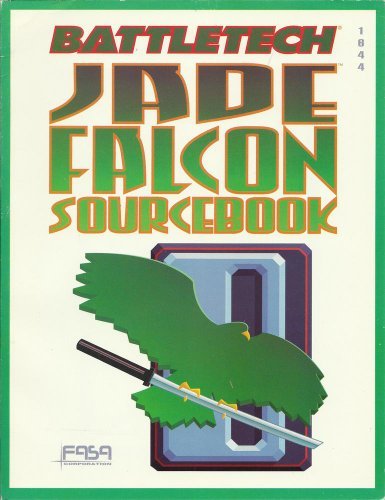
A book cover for Jade Falcon Sourcebook (Battletech No. 1644); Boy Peterson; Science Fiction & Fantasy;